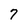
Character: 7